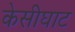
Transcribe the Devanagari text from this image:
केसीघाट